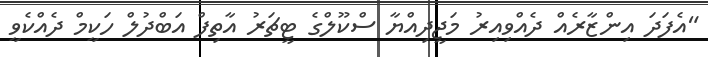
"އެފަދަ އިންޒާރެއް ދެއްވިއިރު މަޖީދިއްޔާ ސްކޫލްގެ ޓީޗަރު އާތިފް އަބްދުލް ހަކީމް ދެއްކެވީ